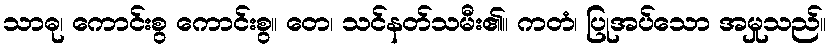
သာဓု၊ ကောင်းစွ ကောင်းစွ။ တေ၊ သင်နတ်သမီး၏။ ကတံ၊ ပြုအပ်သော အမှုသည်။